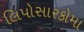
લિપોસારકોમા